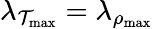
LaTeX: \lambda_{\mathcal{T}_{\mathrm{{max}}}}=\lambda_{\rho_{\mathrm{{max}}}}